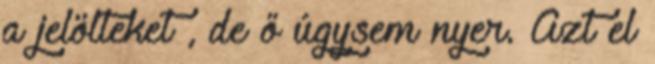
a jelölteket , de ő úgysem nyer. Azt el